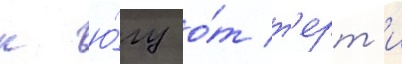
к ю́гу о́т т'ерт'и